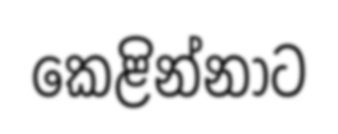
කෙළින්නාට